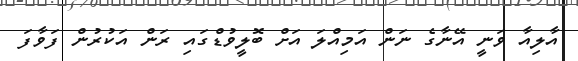
އާލިއާ ވަނީ އޭނާގެ ނަން އަމިއްލަ އަށް ބޮލީވުޑްގައި ރަން އަކުރުން ފަވާފަ